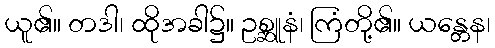
ယူ၏။ တဒါ၊ ထိုအခါ၌။ ဥစ္ဆူနံ၊ ကြံတို့၏။ ယန္တေန၊